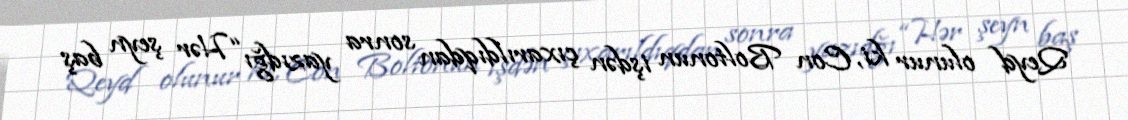
Qeyd olunur ki, Con Boltonun işdən çıxarıldıqdan sonra yazıdğı “Hər şeyn baş